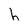
Character: h